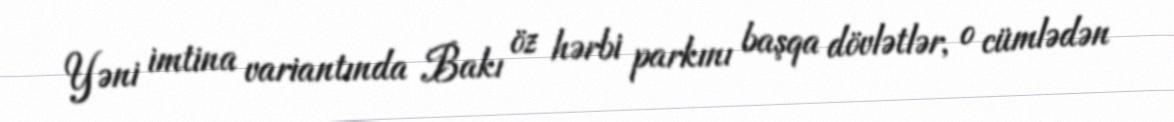
Yəni imtina variantında Bakı öz hərbi parkını başqa dövlətlər, o cümlədən